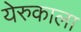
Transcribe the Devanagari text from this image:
येरुकाला